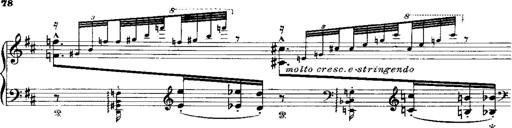
Title: Miserere du Trovatore
Composer: Franz Liszt